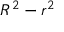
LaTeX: R ^ { 2 } - r ^ { 2 }